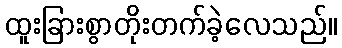
ထူးခြားစွာတိုးတက်ခဲ့လေသည်။